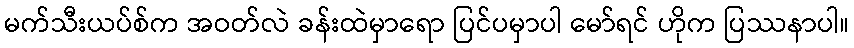
မက်သီးယပ်စ်က အဝတ်လဲ ခန်းထဲမှာရော ပြင်ပမှာပါ မော်ရင် ဟိုက ပြဿနာပါ။